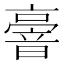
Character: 𠆒